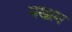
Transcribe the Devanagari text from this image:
मखाम